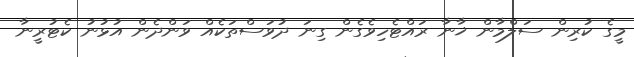
މީގެ ކުރިން ސަލްމާން ޚާނާ ރައްޓެހިވެގެން ގިނަ ދުވަސްތަކެއް ވަންދެން އުޅުނު ކެޓުރީނާ